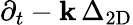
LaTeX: \partial_{t}-\mathbf{k}\, \Delta_{\mathrm{{2D}}}